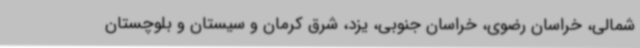
شمالی، خراسان رضوی، خراسان جنوبی، یزد، شرق کرمان و سیستان و بلوچستان